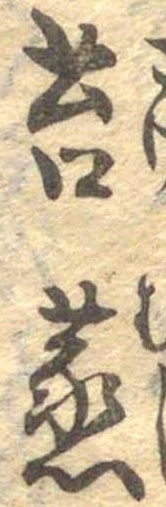
苔蒸